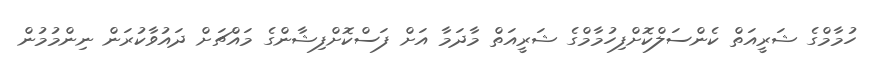
ހުމާމްގެ ޝަރީއަތް ކެންސަލްކޮށްފިހުމާމްގެ ޝަރީއަތް މާދަމާ އަށް ފަސްކޮށްފިޝާންގެ މައްޗަށް ދައުވާކުރަން ނިންމުމުން